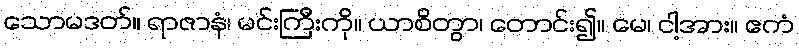
သောမဒတ်။ ရာဇာနံ၊ မင်းကြီးကို။ ယာစိတွာ၊ တောင်း၍။ မေ၊ ငါ့အား။ ဧကံ